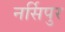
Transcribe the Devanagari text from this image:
नर्सिपुर